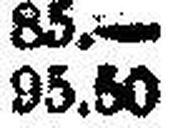
95.50